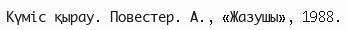
Күміс қырау. Повестер. А., «Жазушы», 1988.